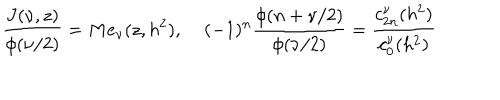
\frac { J ( \nu , z ) } { \phi ( \nu / 2 ) } = M e _ { \nu } ( z , h ^ { 2 } ) , \; ( - 1 ) ^ { n } \frac { \phi ( n + \nu / 2 ) } { \phi ( \nu / 2 ) } = \frac { c _ { 2 n } ^ { \nu } ( h ^ { 2 } ) } { c _ { 0 } ^ { \nu } ( h ^ { 2 } ) }